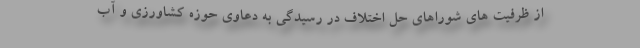
از ظرفیت های شوراهای حل اختلاف در رسیدگی به دعاوی حوزه کشاورزی و آب